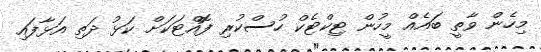
މިހެން ވާތީ ބައެއް މީހުން ޓިކްޓެކް ހުސްކުރި ފޮއްޓަކަށް ކަޅު ދަތި އަޅާފައި